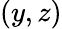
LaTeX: (y,z)